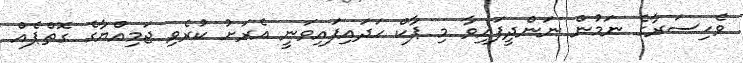
ވެހިސަރާގެ ނަމުން ނަންދީފައިވާ މި ޕާކް ހަދައިފައިވަނީ އެރަށު ކުރެވި ޖަމިއްޔާގެ ގޮތްޕެއް